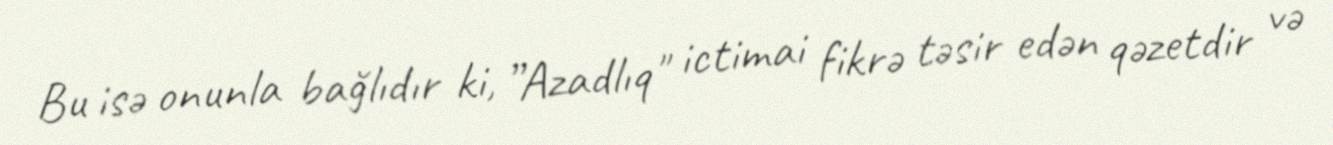
Bu isə onunla bağlıdır ki, ”Azadlıq" ictimai fikrə təsir edən qəzetdir və